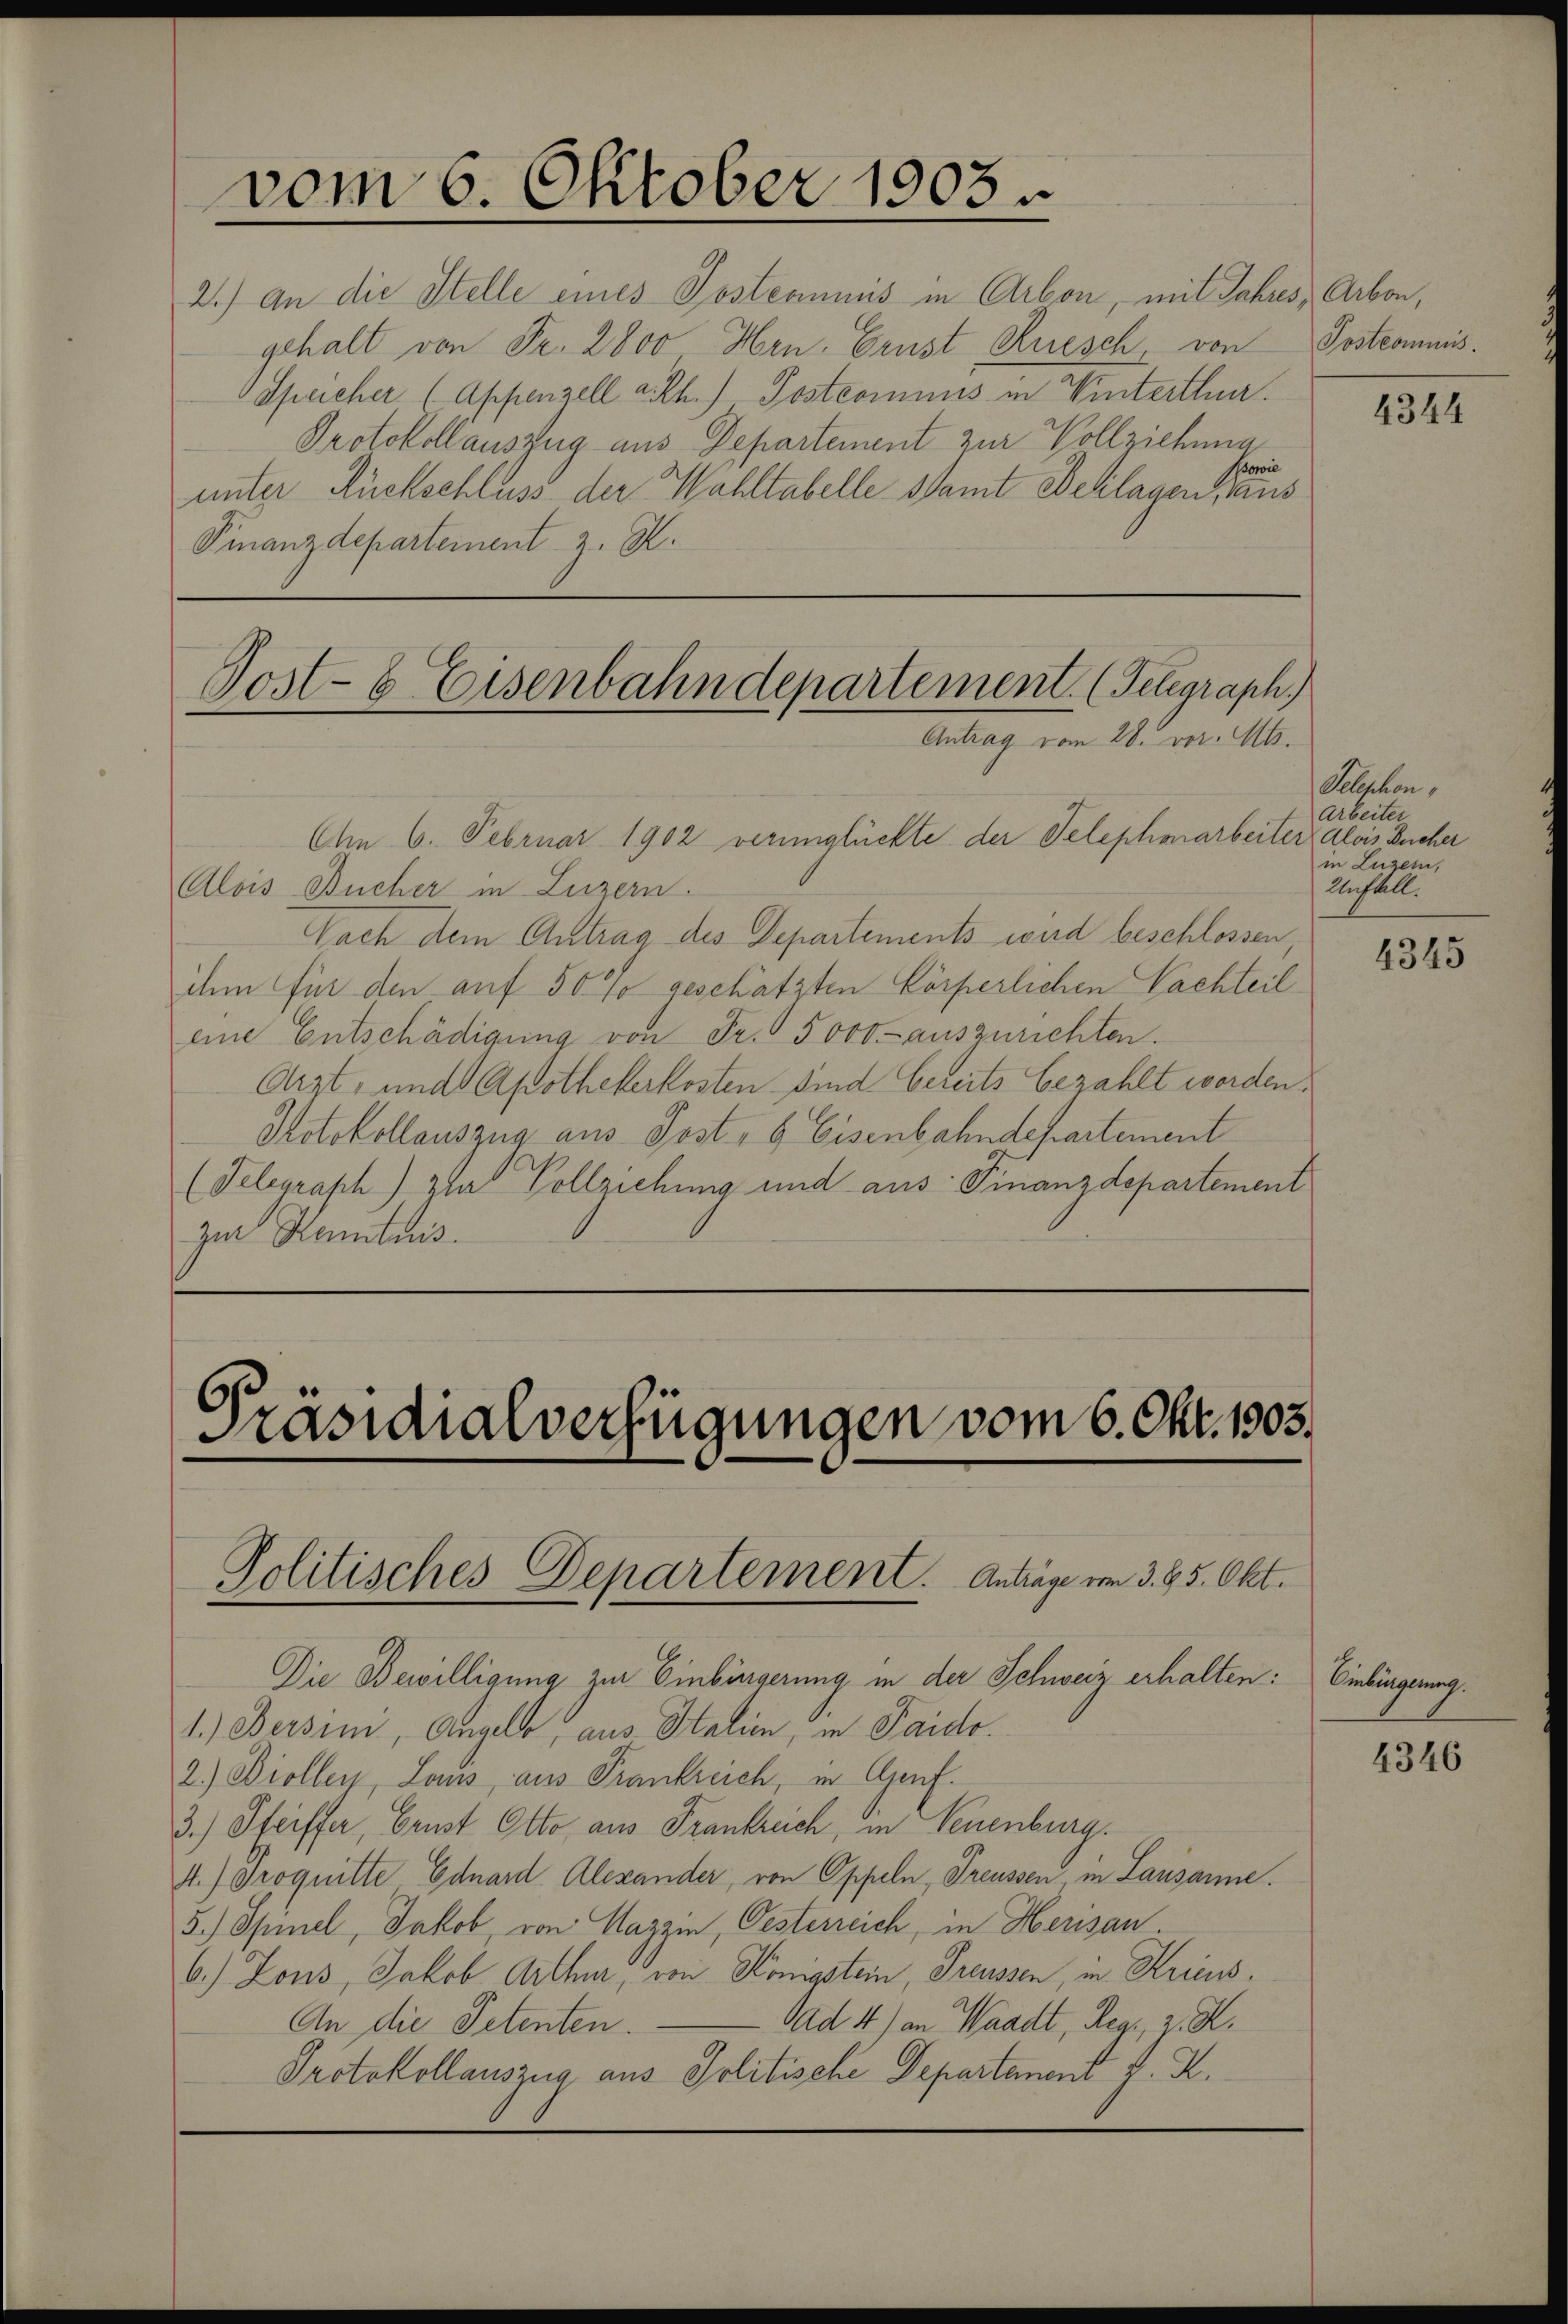
2.) An die Stelle eines Posteamnis in Arbon, mit Jahres, Arbon,
gehalt von Fr. 2800 Hrn. Ernst, Ruesch, von Postcommis¬
Speicher (Appenzell a. Rh.) Postcomuns in Winterthur.
Protokollauszug aus Departement zur Vollziehung
Sowie
unter Rückschluss der Wahltabelle samt Beilagen Haus
Finanzdepartement z. K.

vom 6. Oktober 1903

Post-6 Eisenbahndepartement. (Telegraph
Antrag vom 28. vor. Mts.

Chn. 6. Februar 1902 verunglückte der Telephonarbeiter Alois Bucher
Alois Bucher in Luzern.
Nach dem Antrag des Departements wird beschlossen
ihm für den auf 50 % geschätzten körperlichen Nachteil
eine Entschädigung von Fr. 5000 auszurichten.
Arzt- und Apothekerkosten sind bereits bezahlt werden.
Hotokollauszug aus Post, 6 Eisenbahndepartement
(Telegraph) za Vollziehung und aus: Finanzdepartement
zur Kenntnis.

Präsidialverfügungen vom 6. Okt. 1903.
Politisches Departement. Anträge vom 3. 85. Okt.

Die Bewilligung zur Einbürgerung in der Schweiz erhalten: Einbürgerung.
1.) Bersini, Angelb aus Italien, in Paido.
2.) Biollen, Laus, aus Frankreich, in Genf.
3.) Steiffer, Brust Otto aus Frankreich, in Neuenburg.
4.) Proquitte Eduard Alexander, von Oppeln Preussen in Lausanne.
5.) Opiel, Jakob von Cazzin, Oesterreich, in Herisau.
6.) Zous, Jakob Arthur, von Königstein, Preussen, in Kriens¬
An die Petenten. — Sad 4) an Waadt, Regi, z. K.
Protokollauszug aus Politische Departement k. R.

4344

Telephon,
Arbeiter
in Luzern,
Unstall.

4345

4346